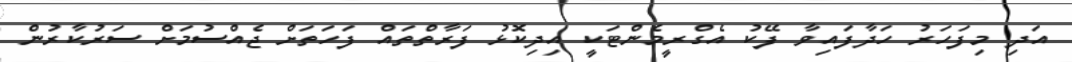
އަދި މިފަހަރު ހަދާފައިވާ ފޭކު އެގްރީމެންޓަކީ އިދިކޮޅު ފަރާތްތައް ފަހަތަށް ޖެއްސުމަށް ސަރުކާރުން